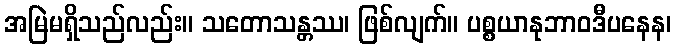
အမြဲမရှိသည်လည်း။ သတောသန္တဿ၊ ဖြစ်လျက်။ ပစ္စယာနုဘာဝဒီပနေန၊